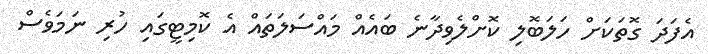
އެފަދަ ގޮތަކަށް ހަލަބޮލި ކޮށްލެވިދާނެ ބައެއް މައްސަލަތައް އެ ކޮމިޓީގައި ހުރި ނަމަވެސް